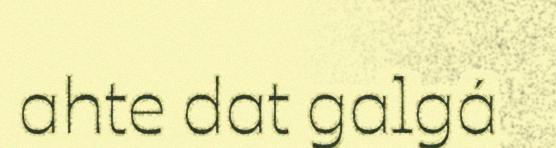
ahte dat galgá